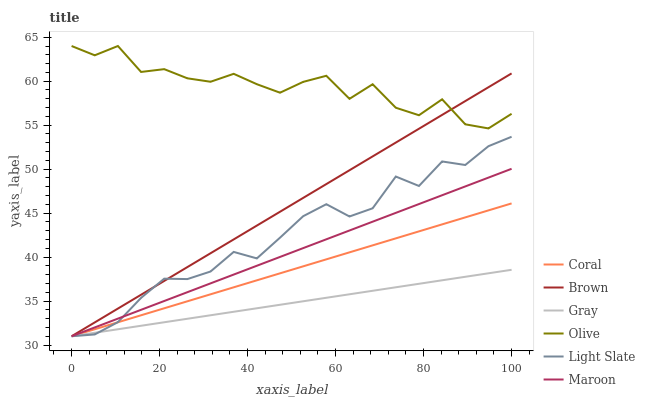
| xaxis_label | Coral | Brown | Gray | Olive | Light Slate | Maroon |
 | --- | --- | --- | --- | --- | --- | --- |
 | 0 | 31 | 31 | 31 | 64 | 31 | 31 |
 | 5.26 | 31.8 | 32.6 | 31.4 | 62.9 | 31.2 | 32 |
 | 10.5 | 32.6 | 34.1 | 31.8 | 64 | 32.6 | 33 |
 | 15.8 | 33.4 | 35.7 | 32.2 | 61.1 | 35.4 | 34 |
 | 21.1 | 34.2 | 37.3 | 32.6 | 61.4 | 37.5 | 35 |
 | 26.3 | 35 | 38.9 | 33 | 60.3 | 37.5 | 36 |
 | 31.6 | 35.8 | 40.4 | 33.4 | 59.9 | 38.4 | 37 |
 | 36.8 | 36.6 | 42 | 33.8 | 60.8 | 40.6 | 38 |
 | 42.1 | 37.4 | 43.6 | 34.2 | 59.7 | 39.9 | 39 |
 | 47.4 | 38.2 | 45.2 | 34.6 | 58.7 | 42.2 | 40 |
 | 52.6 | 38.9 | 46.7 | 35 | 59.9 | 44.6 | 41 |
 | 57.9 | 39.7 | 48.3 | 35.4 | 60.6 | 46 | 42 |
 | 63.2 | 40.5 | 49.9 | 35.8 | 58 | 44.6 | 43 |
 | 68.4 | 41.3 | 51.4 | 36.2 | 59.7 | 45.5 | 44 |
 | 73.7 | 42.1 | 53 | 36.6 | 57 | 49.2 | 45 |
 | 78.9 | 42.9 | 54.6 | 37 | 56.1 | 48.1 | 46 |
 | 84.2 | 43.7 | 56.2 | 37.4 | 57.9 | 50.9 | 47 |
 | 89.5 | 44.5 | 57.7 | 37.8 | 55.1 | 50.5 | 48 |
 | 94.7 | 45.3 | 59.3 | 38.2 | 54.6 | 52.6 | 49 |
 | 100 | 46.1 | 60.9 | 38.6 | 56.3 | 53.7 | 50 |